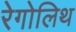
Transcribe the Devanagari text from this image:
रेगोलिथ